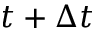
t + \Delta t